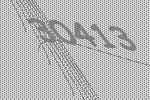
30413